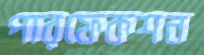
পারফেকশন